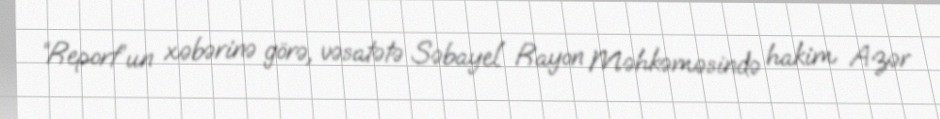
“Report”un xəbərinə görə, vəsatətə Səbayel Rayon Məhkəməsində hakim Azər